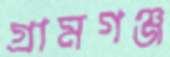
গ্রামগঞ্জ